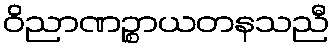
ဝိညာဏဉ္စာယတနသညီ